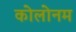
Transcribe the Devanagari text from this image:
कोलोनम